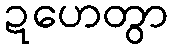
ဍဟေတွာ